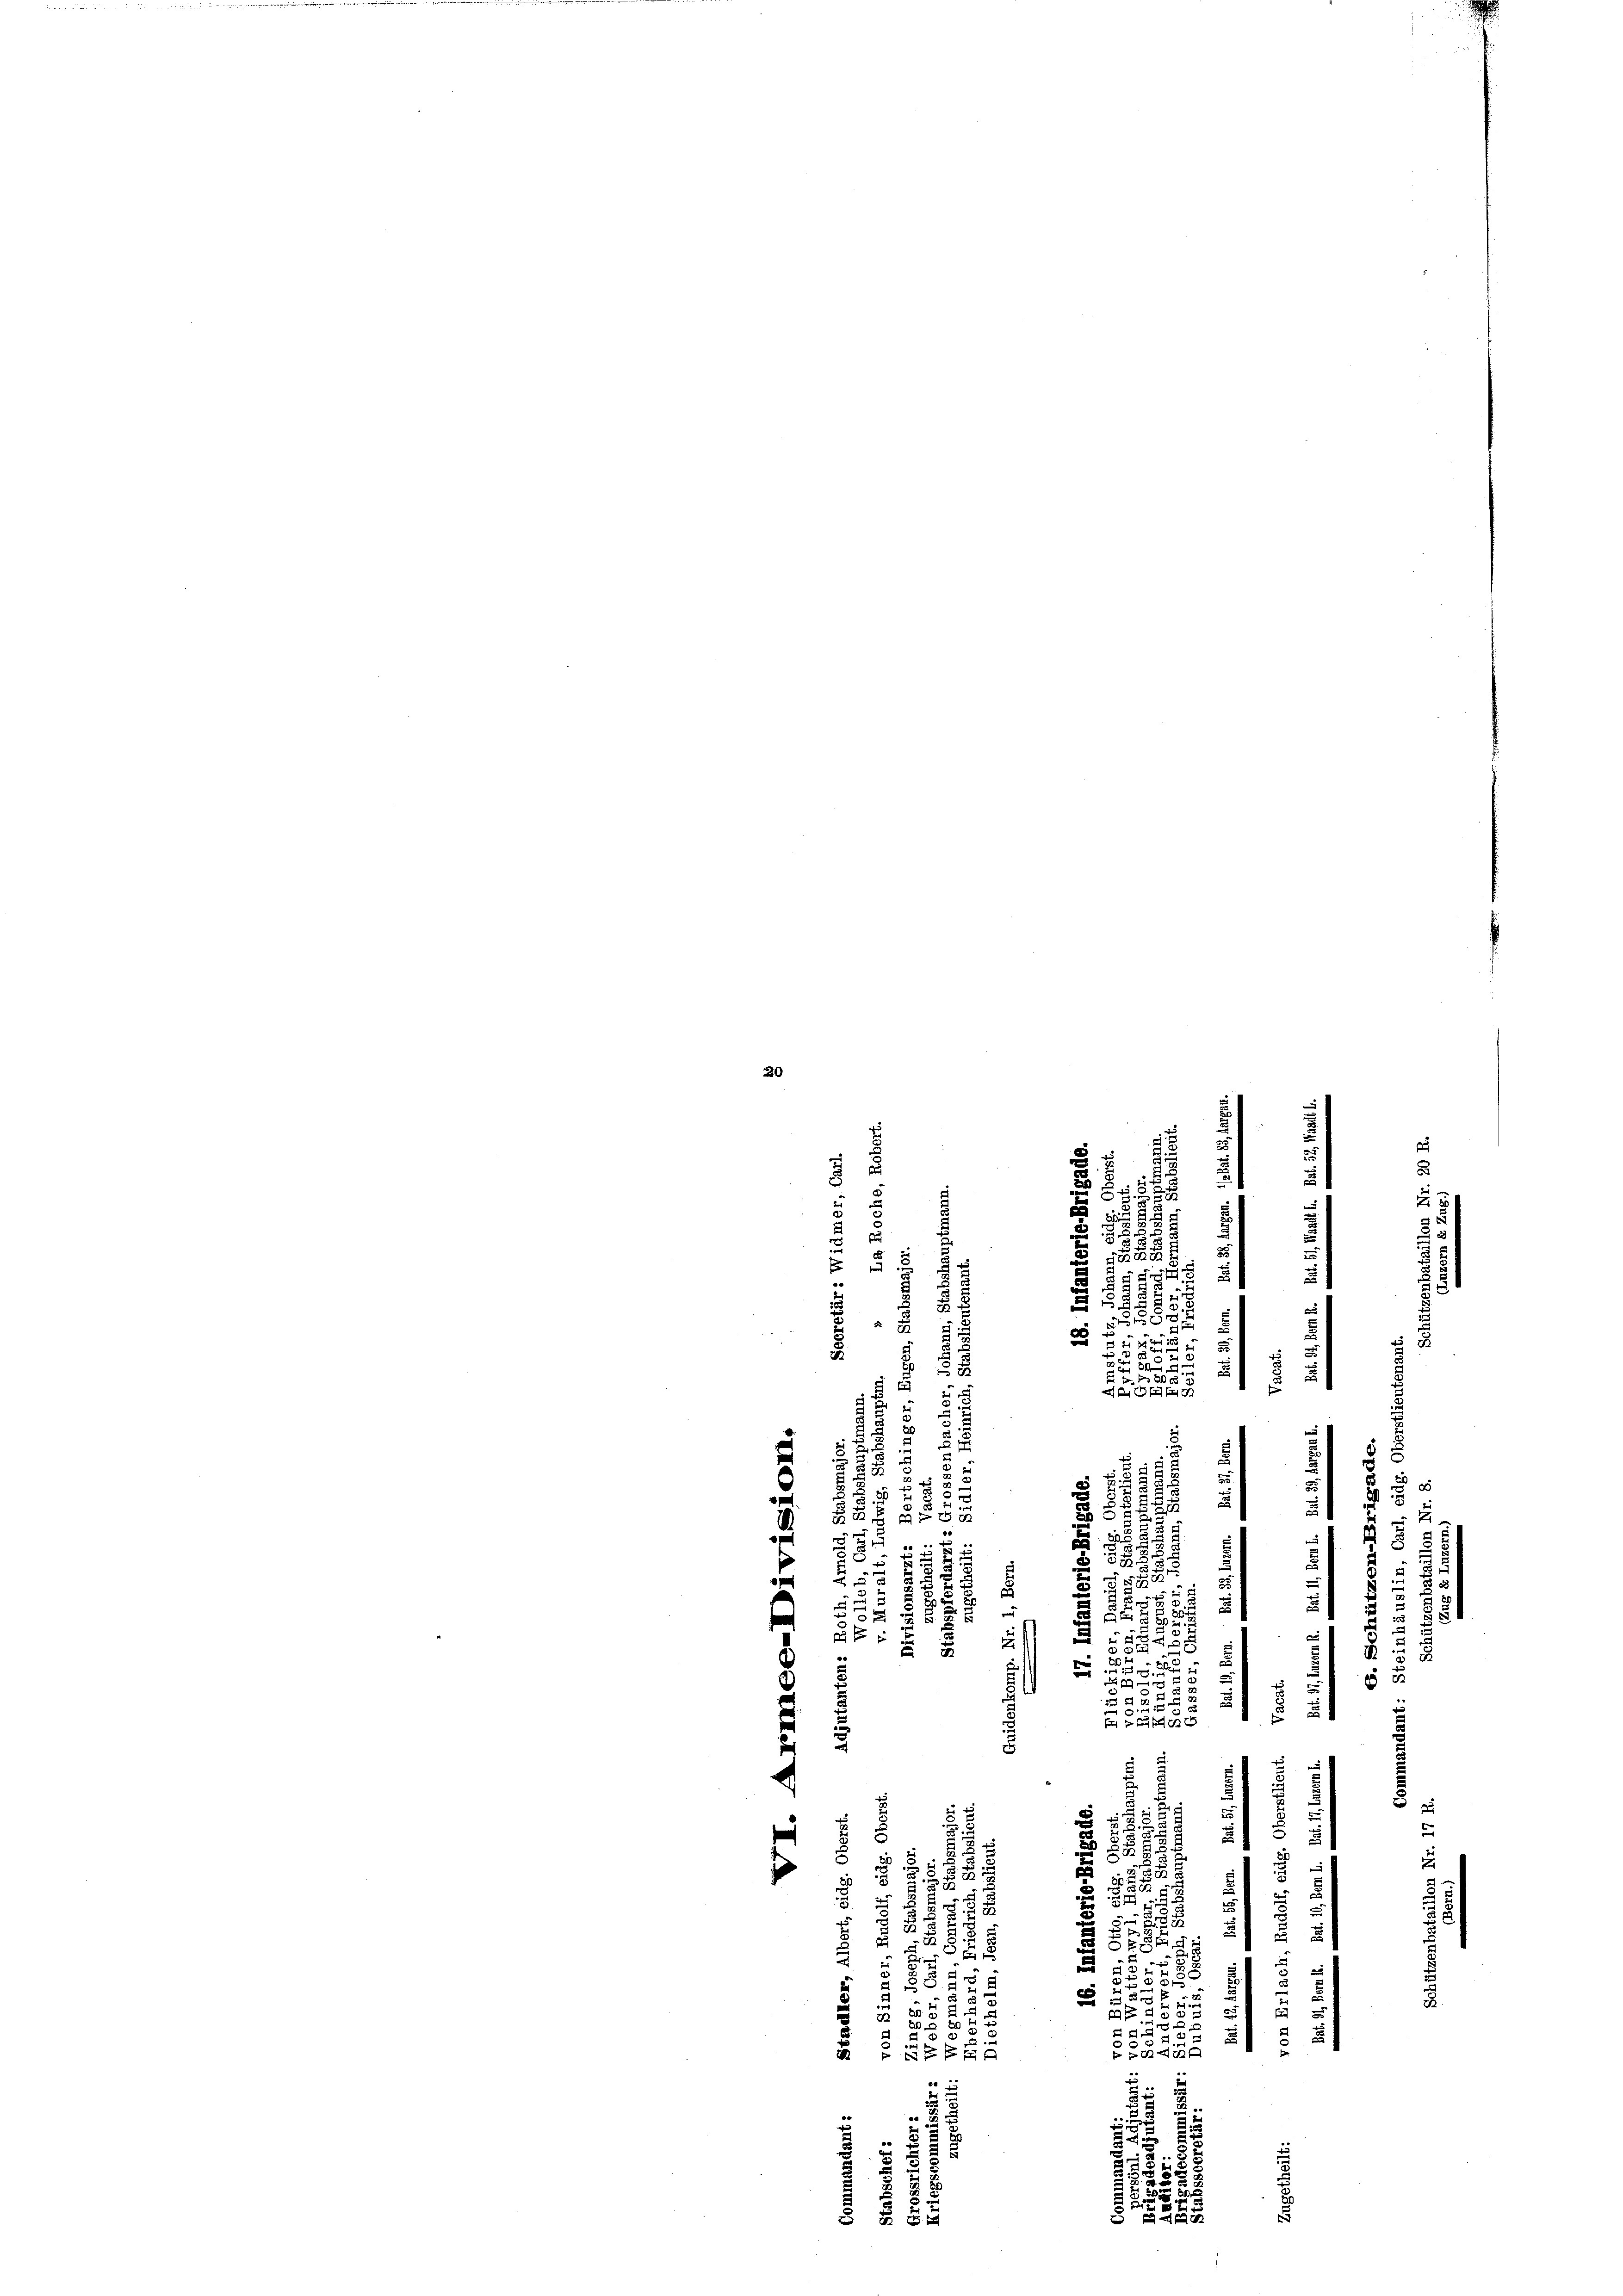
20
u
p
u
¬
2

2
b
858
2
e

e
.
1885.
5
e
i
d
e
5
1
u
 51

n
b

2
.

d
s
in

s

u
d
u
3
t
2

.
.
52
u
.
u

.
u

5
25
.
3
e
e
e
u
e
5
59
e
.
2

2
 2
d
e
8
5
2
.
§ 28
s
f 0 x

25
s
2
.
2 f 0 x
2
2
5
2
d
2
f
 gen
55
n
.
35
3
23
x
4
d

s
c
u
¬
5
e
u
e

¬
u
e

1
e
e
85
d
un
8
2
1
f
s
d
i
.
u
u
s
8
u
e

F
e
2
28
e
u
.
d

5
u
5.
u
9
f
x
.
u
e
a

51 x
5
r
2
 2 x  x
.
2
2.
2.

8.
f 5 x
5

2
2
i

8